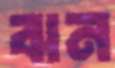
ঝন